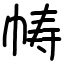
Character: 帱